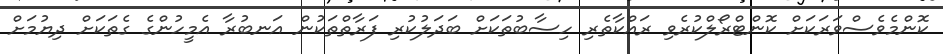
ކޮންމެވެސްވަރަކަށް ކޮންޓްރޯލްކުރެވި ރައްކާތެރި ހިސާބުތަކަށް ބަދަލުކުރި ފަރާތްތަކުން އަނބުރާ އެމީހުންގެ ގެތަކަށް ދިޔުމަށް